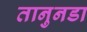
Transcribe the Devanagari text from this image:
तानुनडा